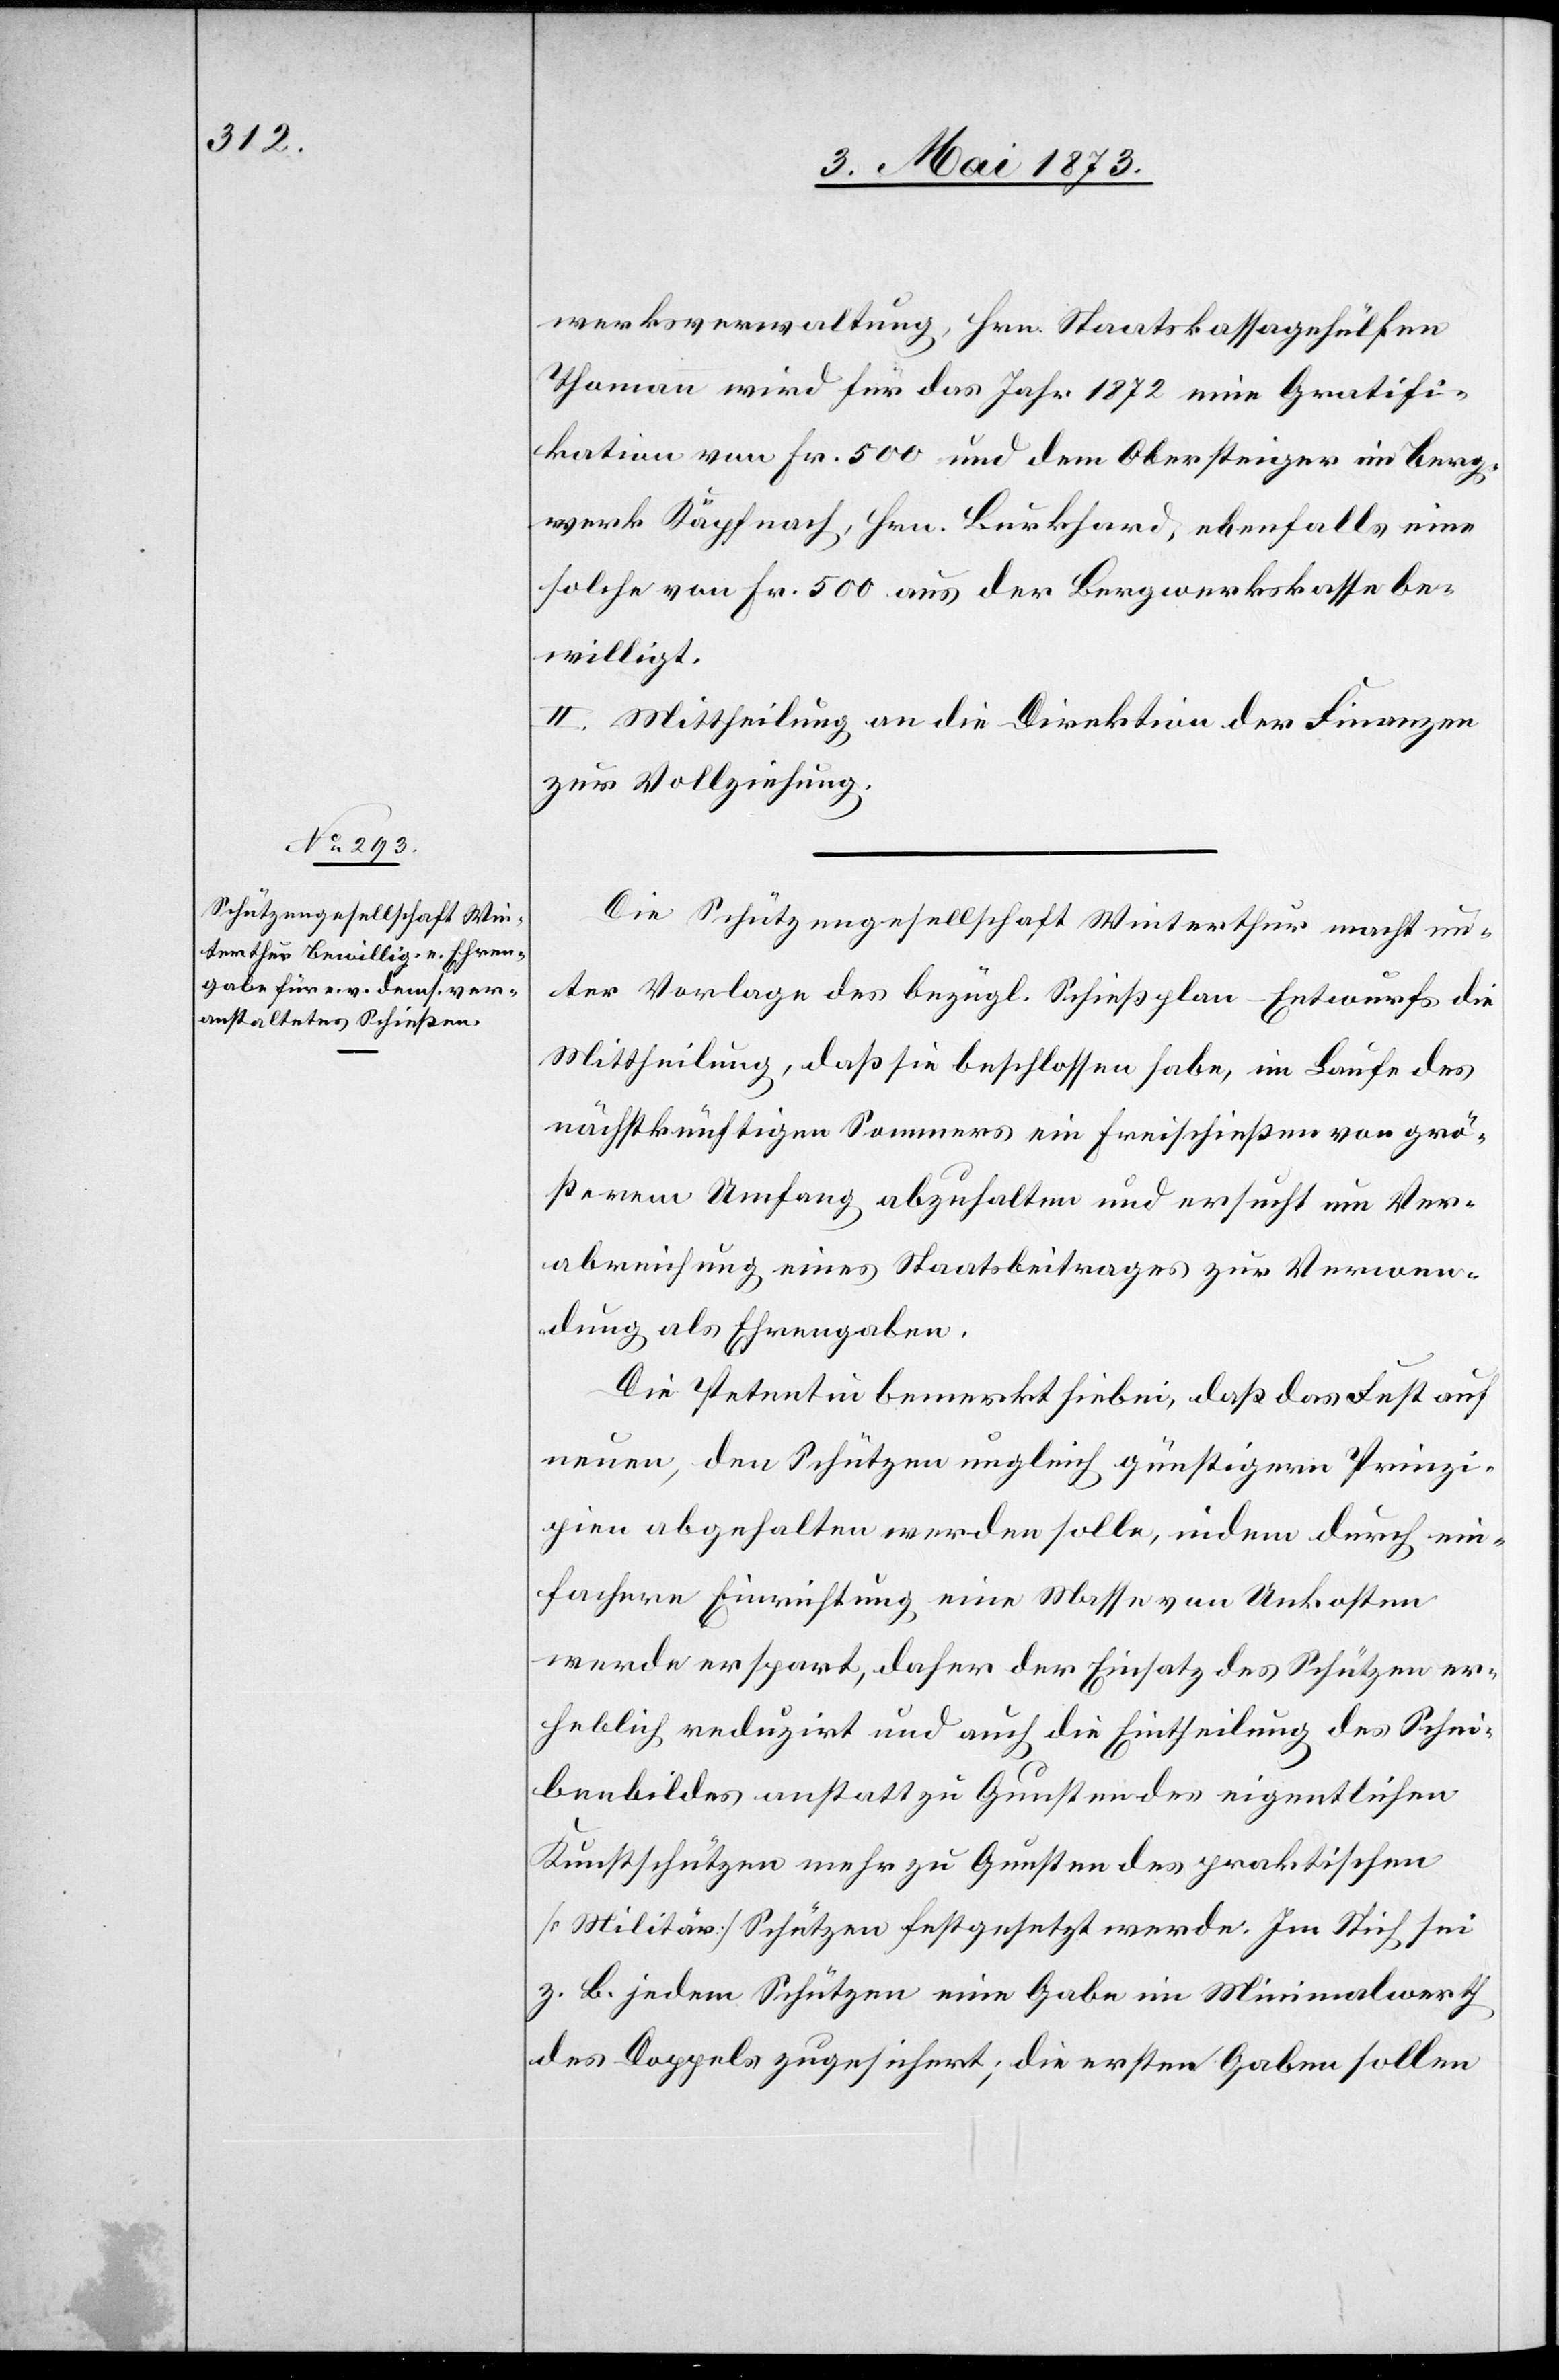
werksverwaltung, Hrn. Staatskassagehülfen
Thomann wird für das Jahr 1872 eine Gratifi¬
kation von fr. 500 und dem Obersteiger im Berg¬
werk Käpfnach, Hrn. Burkhard, ebenfalls eine
solche von Fr. 500 aus der Bergwerkskasse be¬
willigt.
II. Mittheilung an die Direktion der Finanzen
zur Vollziehung.
Die Schützengesellschaft Winterthur macht un¬
ter Vorlage des bezügl. Schießplan-Entwurfs die
Mittheilung, daß sie beschlossen habe, im Laufe des
nächstkünftigen Sommers ein Freischießen von grö¬
ßerem Umfang abzuhalten und ersucht um Ver¬
abreichung eines Staatsbeitrages zur Verwen¬
dung als Ehrengabe.
Die Petentin bemerkt hiebei, daß das Fest auf
neuen, den Schützen ungleich günstigern Prinzi¬
pien abgehalten werden solle, indem durch ein¬
fachere Einrichtung eine Masse von Unkosten
werde erspart, daher der Einsatz des Schützen er¬
heblich reduzirt und auch die Eintheilung des Schei¬
benbildes anstatt zu Gunsten des eigentlichen
Kunstschützen mehr zu Gunsten des praktischen
[Militär]Schützen festgesetzt werde. Im Stich sei
z. B. jedem Schützen eine Gabe im Minimalwerth
des Doppels zugesichert; die ersten Gaben sollen